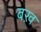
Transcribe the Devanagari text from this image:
बख़